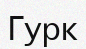
Гурк